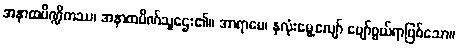
အနာထပိဏ္ဍိကဿ၊ အနာထပိဏ်သူဌေး၏။ အာရာမေ၊ နှလုံးမွေ့လျော် ပျော်ဖွယ်ရာဖြစ်သော။